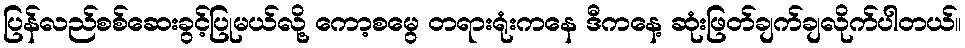
ပြန်လည်စစ်ဆေးခွင့်ပြုမယ်လို့ ကော့စမွေ တရားရုံးကနေ ဒီကနေ့ ဆုံးဖြတ်ချက်ချလိုက်ပါတယ်။